Scottish Certificate of Education, 1963
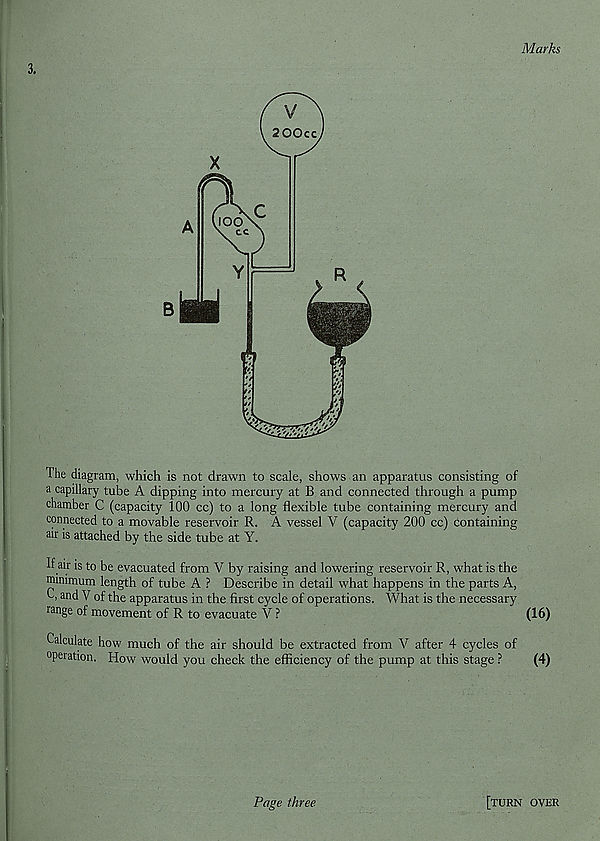
Marks
The diagram, which is not drawn to scale, shows an apparatus consisting of
a capillary tube A dipping into mercury at B and connected through a pump
chamber C (capacity 100 cc) to a long flexible tube containing mercury and
connected to a movable reservoir R. A vessel V (capacity 200 cc) Containing
ah' is attached by the side tube at Y.
If air is to be evacuated from V by raising and lowering reservoir R, what is the
mnimum length of tube A ? Describe in detail what happens in the parts A,
0, and V of the apparatus in the first cycle of operations. What is the necessary
range of movement of R to evacuate V ?
(16)
Calculate how much of the air should be extracted from V after 4 cycles of
operation. How would you check the efficiency of the pump at this stage ?
(4)
Page three
[turn over